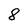
Character: 8